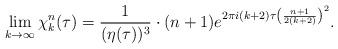
LaTeX: \begin{align*}\lim_{k \rightarrow \infty} \chi_k^n(\tau) = {1 \over {(\eta(\tau))^3}} \cdot (n+1) e^{2 \pi i (k+2) \tau \left({{n+1} \over {2(k+2)}} \right)^2}.\end{align*}